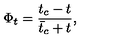
\Phi _ { t } = { \frac { t _ { c } - t } { { \bar { t } } _ { c } + t } } ,